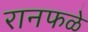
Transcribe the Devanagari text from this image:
रानफळे